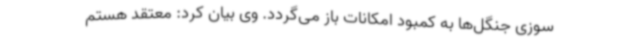
سوزی جنگل‌ها به کمبود امکانات باز می‌گردد. وی بیان کرد: معتقد هستم